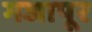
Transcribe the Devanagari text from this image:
गजापूर